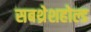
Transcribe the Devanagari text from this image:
सबथ्रेशहोल्ड